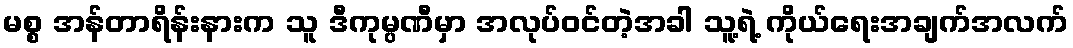
မစ္စ အန်တာရိန်းနားက သူ ဒီကုမ္ပဏီမှာ အလုပ်ဝင်တဲ့အခါ သူ့ရဲ့ ကိုယ်ရေးအချက်အလက်